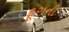
ફૂગની